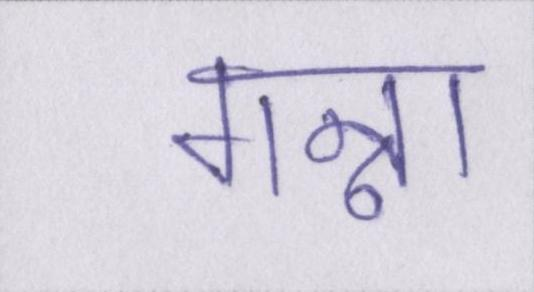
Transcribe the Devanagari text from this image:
गन्ना